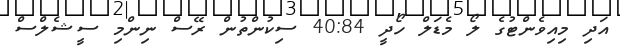
އަދި މިއިވެންޓުގެ ލޯ މެޑަލް ހޯދީ 40:84 ސިކުންތުން ރޭސް ނިންމި ސީޝެލްސް